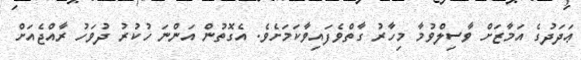
ޢަދަދުގެ އަމާޒަށް ވާސިލްވުމާ މިހާރު ގާތްވެފައިވާކަމަށެވެ. އެގޮތުން އަންނަ ހުކުރު ދުވަހު ރާއްޖެއަށް